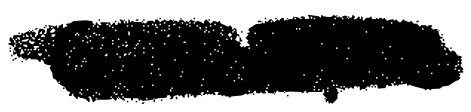
Text: Gillespie
Cross-out: scratch
Writing tool: digital_black